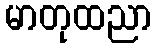
မာတုထညာ